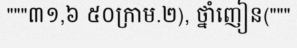
"""៣១,៦ ៥០ក្រាម.២), ថ្នាំញៀន("""